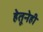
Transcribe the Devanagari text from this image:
हेतूनेही